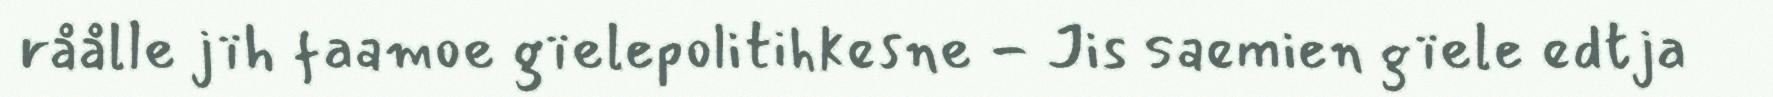
råålle jïh faamoe gïelepolitihkesne - Jis saemien gïele edtja